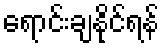
ရောင်းချနိုင်ရန်